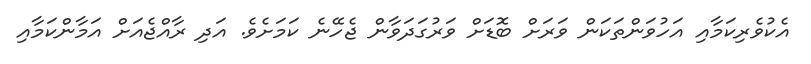
އެކުވެރިކަމާއި އަހުވަންތަކަން ވަރަށް ބޮޑަށް ވަރުގަދަވާން ޖެހޭނެ ކަމަށެވެ. އަދި ރާއްޖެއަށް އަމާންކަމާއި